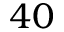
4 0